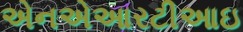
એનએઆરટીઆઇ